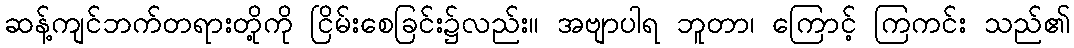
ဆန့်ကျင်ဘက်တရားတို့ကို ငြိမ်းစေခြင်း၌လည်း။ အဗျာပါရ ဘူတာ၊ ကြောင့် ကြကင်း သည်၏